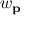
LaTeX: w _ { \mathbf { p } }